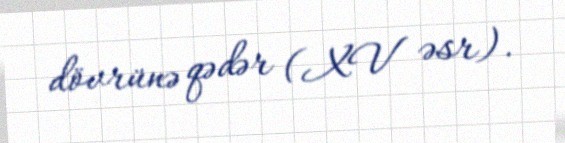
dövrünə qədər (XV əsr).